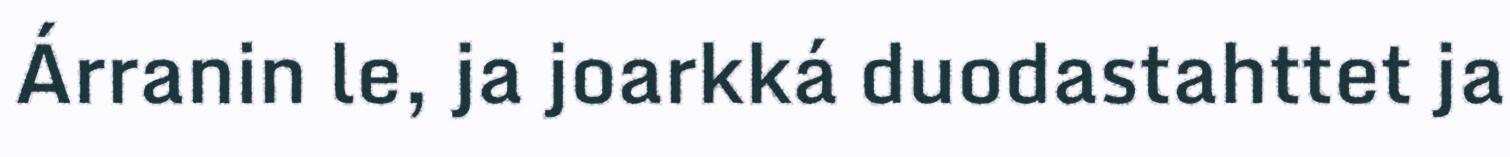
Árranin le, ja joarkká duodastahttet ja